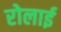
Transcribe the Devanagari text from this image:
रोलाई